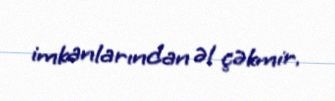
imkanlarından əl çəkmir.